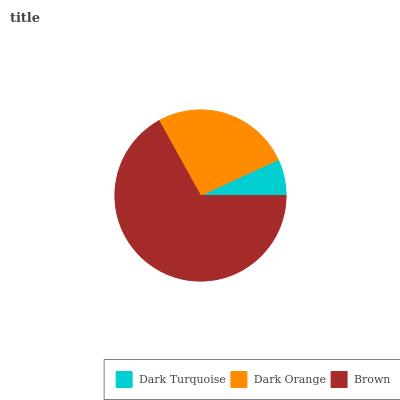
| Dark Turquoise | Dark Orange | Brown |
 | --- | --- | --- |
 | 6.87% | 26.2% | 66.9% |